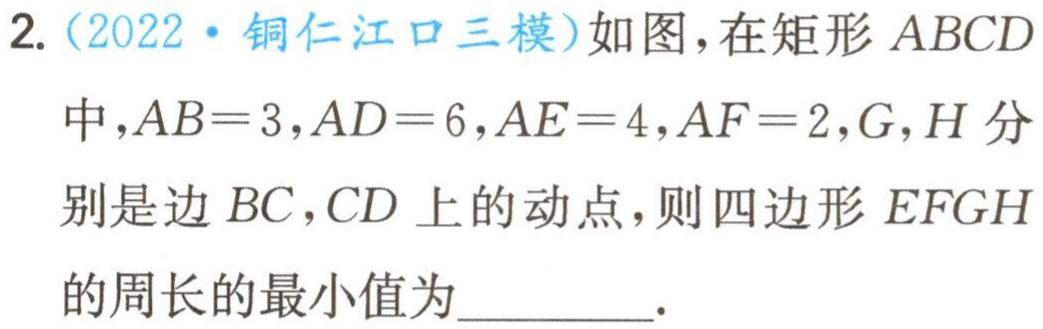
2. (2022·铜仁江口三模)如图，在矩形 \(ABCD\) 中，\(AB = 3\)，\(AD = 6\)，\(AE = 4\)，\(AF = 2\)，\(G\)，\(H\) 分别是边 \(BC\)，\(CD\) 上的动点，则四边形 \(EFGH\) 的周长的最小值为  ．